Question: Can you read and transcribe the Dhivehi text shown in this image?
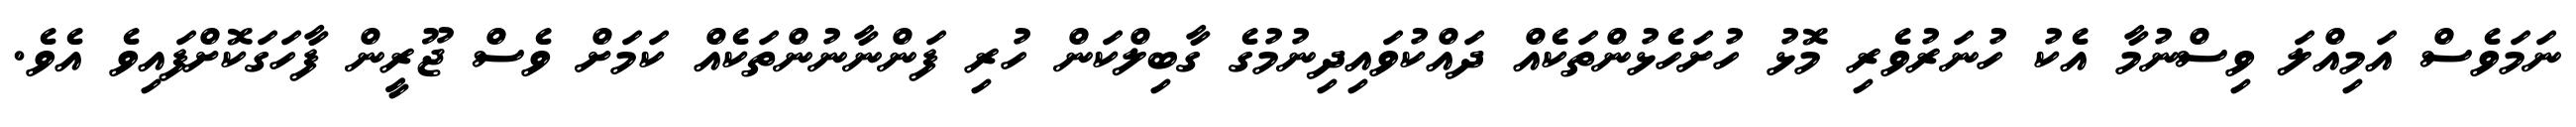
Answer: ނަމަވެސް އަމިއްލަ ވިސްނުމާ އެކު ހުނަރުވެރި މޮޅު ހުށަހެޅުންތަކެއް ދައްކުވައިދިނުމުގެ ގާބިލްކަން ހުރި ފަންނާނުންތަކެއް ކަމަށް ވެސް ޖޫރީން ފާހަގަކޮށްފައިވެ އެވެ.